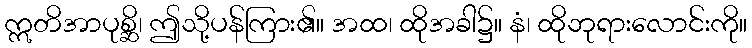
ဣတိအာပုစ္ဆိ၊ ဤသို့ပန်ကြား၏။ အထ၊ ထိုအခါ၌။ နံ၊ ထိုဘုရားလောင်းကို။